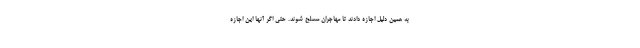
به همین دلیل اجازه دادند تا مهاجران مسلح شوند. حتی اگر آنها این اجازه